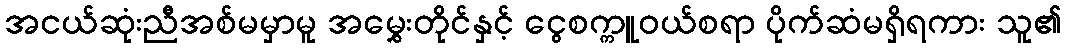
အငယ်ဆုံးညီအစ်မမှာမူ အမွှေးတိုင်နှင့် ငွေစက္ကူဝယ်စရာ ပိုက်ဆံမရှိရကား သူ၏